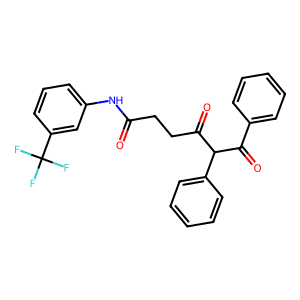
SMILES: O=C(CCC(=O)C(C(=O)c1ccccc1)c1ccccc1)Nc1cccc(C(F)(F)F)c1
Inhibits HIV replication: No